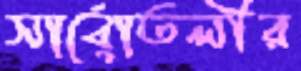
সার্বোতলীর